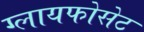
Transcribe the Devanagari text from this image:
ग्लायफोसेट